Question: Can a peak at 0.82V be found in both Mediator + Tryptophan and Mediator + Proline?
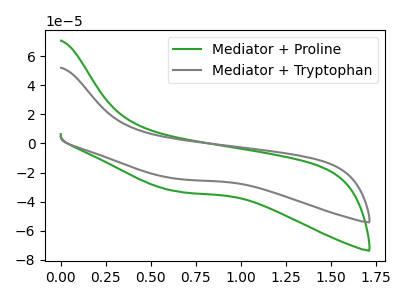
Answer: <think>The green curve "Mediator + Proline" has no peaks. The gray curve "Mediator + Tryptophan" has no peaks.</think>
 <answer>No, "Mediator + Tryptophan" and "Mediator + Proline" dont share a peak at 0.82V.</answer>
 <eval>mismatch</eval>